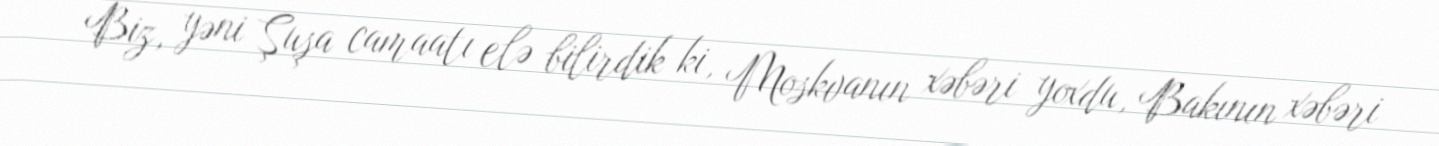
Biz, yəni Şuşa camaatı elə bilirdik ki, Moskvanın xəbəri yoxdu, Bakının xəbəri